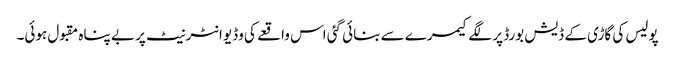
پولیس کی گاڑی کے ڈیش بورڈ پر لگے کیمرے سے بنائی گئی اس واقعے کی وڈیو انٹرنیٹ پر بے پناہ مقبول ہوئی۔